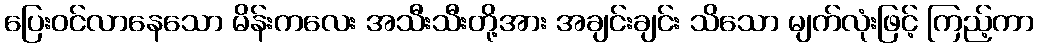
ပြေးဝင်လာနေသော မိန်းကလေး အသီးသီးတို့အား အချင်းချင်း သိသော မျက်လုံးဖြင့် ကြည့်ကာ